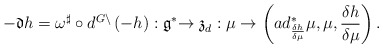
\begin{align*}-\mathfrak{d}h=\omega ^{\sharp }\circ d^{G\backslash }\left( -h\right) :\mathfrak{\mathfrak{g}}^{\ast }\mathfrak{\rightarrow z}_{d}:\mu\rightarrow\left( ad_{\frac{\delta h}{\delta \mu }}^{\ast }\mu ,\mu ,\frac{\delta h}{\delta \mu }\right) . \end{align*}